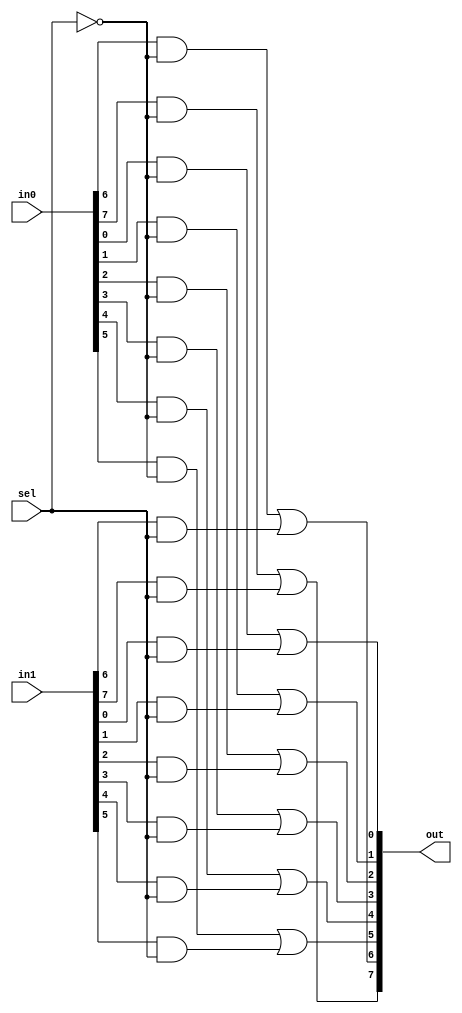
module mux2_1_8b_behav (
    input [7:0] in0, input [7:0] in1, input sel, output [7:0] out
);
    assign out[0] = in0[0]&~sel | in1[0]&sel; 
    assign out[1] = in0[1]&~sel | in1[1]&sel; 
    assign out[2] = in0[2]&~sel | in1[2]&sel; 
    assign out[3] = in0[3]&~sel | in1[3]&sel; 
    assign out[4] = in0[4]&~sel | in1[4]&sel; 
    assign out[5] = in0[5]&~sel | in1[5]&sel; 
    assign out[6] = in0[6]&~sel | in1[6]&sel; 
    assign out[7] = in0[7]&~sel | in1[7]&sel; 
endmodule